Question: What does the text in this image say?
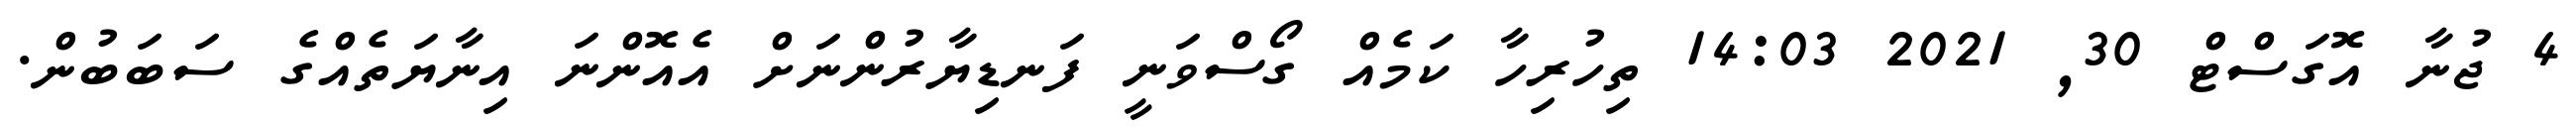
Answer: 4 ޖުނާ އޮގަސްޓް 30, 2021 14:03 ތިހުރިހާ ކަމެއް ގޯސްވަނީ ފަނޑިޔާރުންނަށް އެއޮންނަ އިނާޔަތެއްގެ ސަބަބުން.